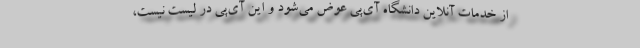
از خدمات آنلاین دانشگاه آی‌پی عوض می‌شود و این آی‌پی در لیست نیست،